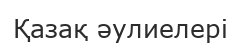
Қазақ әулиелері